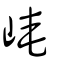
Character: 崦